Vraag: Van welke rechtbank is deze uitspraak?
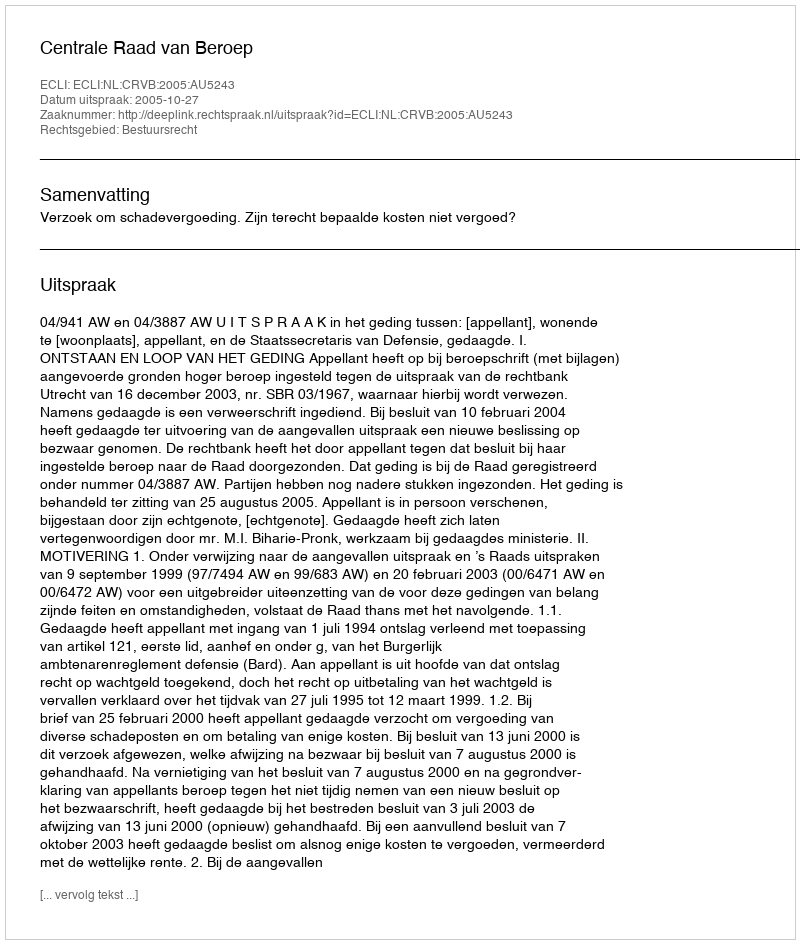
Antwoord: Centrale Raad van Beroep